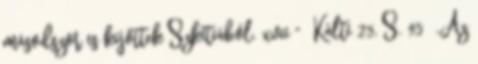
másodszor is kijöttek Szkítiából. xvii " Kálti 25, S. 95 „Az